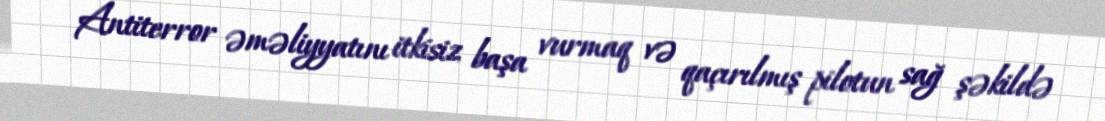
Antiterror əməliyyatını itkisiz başa vurmaq və qaçırılmış pilotun sağ şəkildə